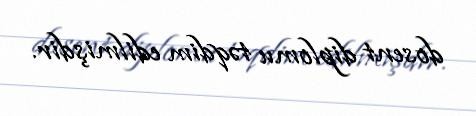
dosent diplomu təqdim edilmişdir.